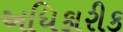
અધિકારીક